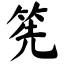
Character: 筅